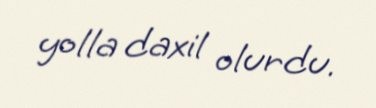
yolla daxil olurdu.